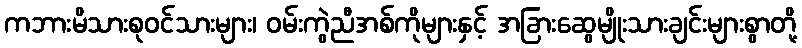
ကဘားမိသားစုဝင်သားများ၊ ဝမ်းကွဲညီအစ်ကိုများနှင့် အခြားဆွေမျိုးသားချင်းများစွာတို့